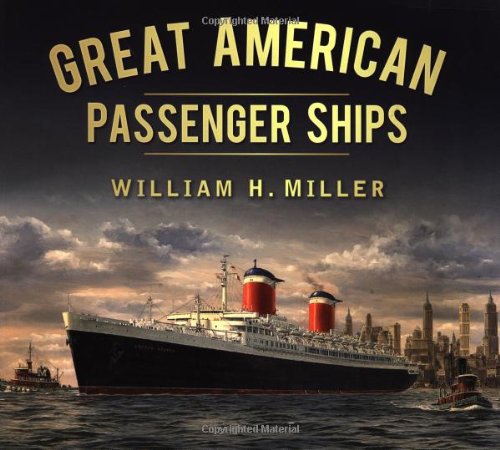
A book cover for Great American Passenger Ships (Great Passenger Ships); William H. Miller; Arts & Photography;